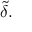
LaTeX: { \tilde { \delta } } .